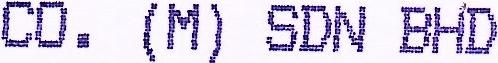
CP. (M) SDN BHD